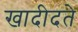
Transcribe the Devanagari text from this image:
खादीदते